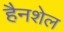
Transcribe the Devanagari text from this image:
हैनशेल